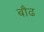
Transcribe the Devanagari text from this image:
बौढ